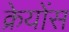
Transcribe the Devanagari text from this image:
क्रेयोंस